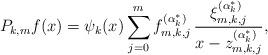
LaTeX: \begin{align*}{P_{k,m}f}(x) = {\psi _k}(x)\sum\limits_{j = 0}^m {f_{m,k,j}^{(\alpha _k^*)}\,\frac{{\xi _{m,k,j}^{(\alpha _k^*)}}}{{x - z_{m,k,j}^{(\alpha _k^*)}}}} ,\end{align*}